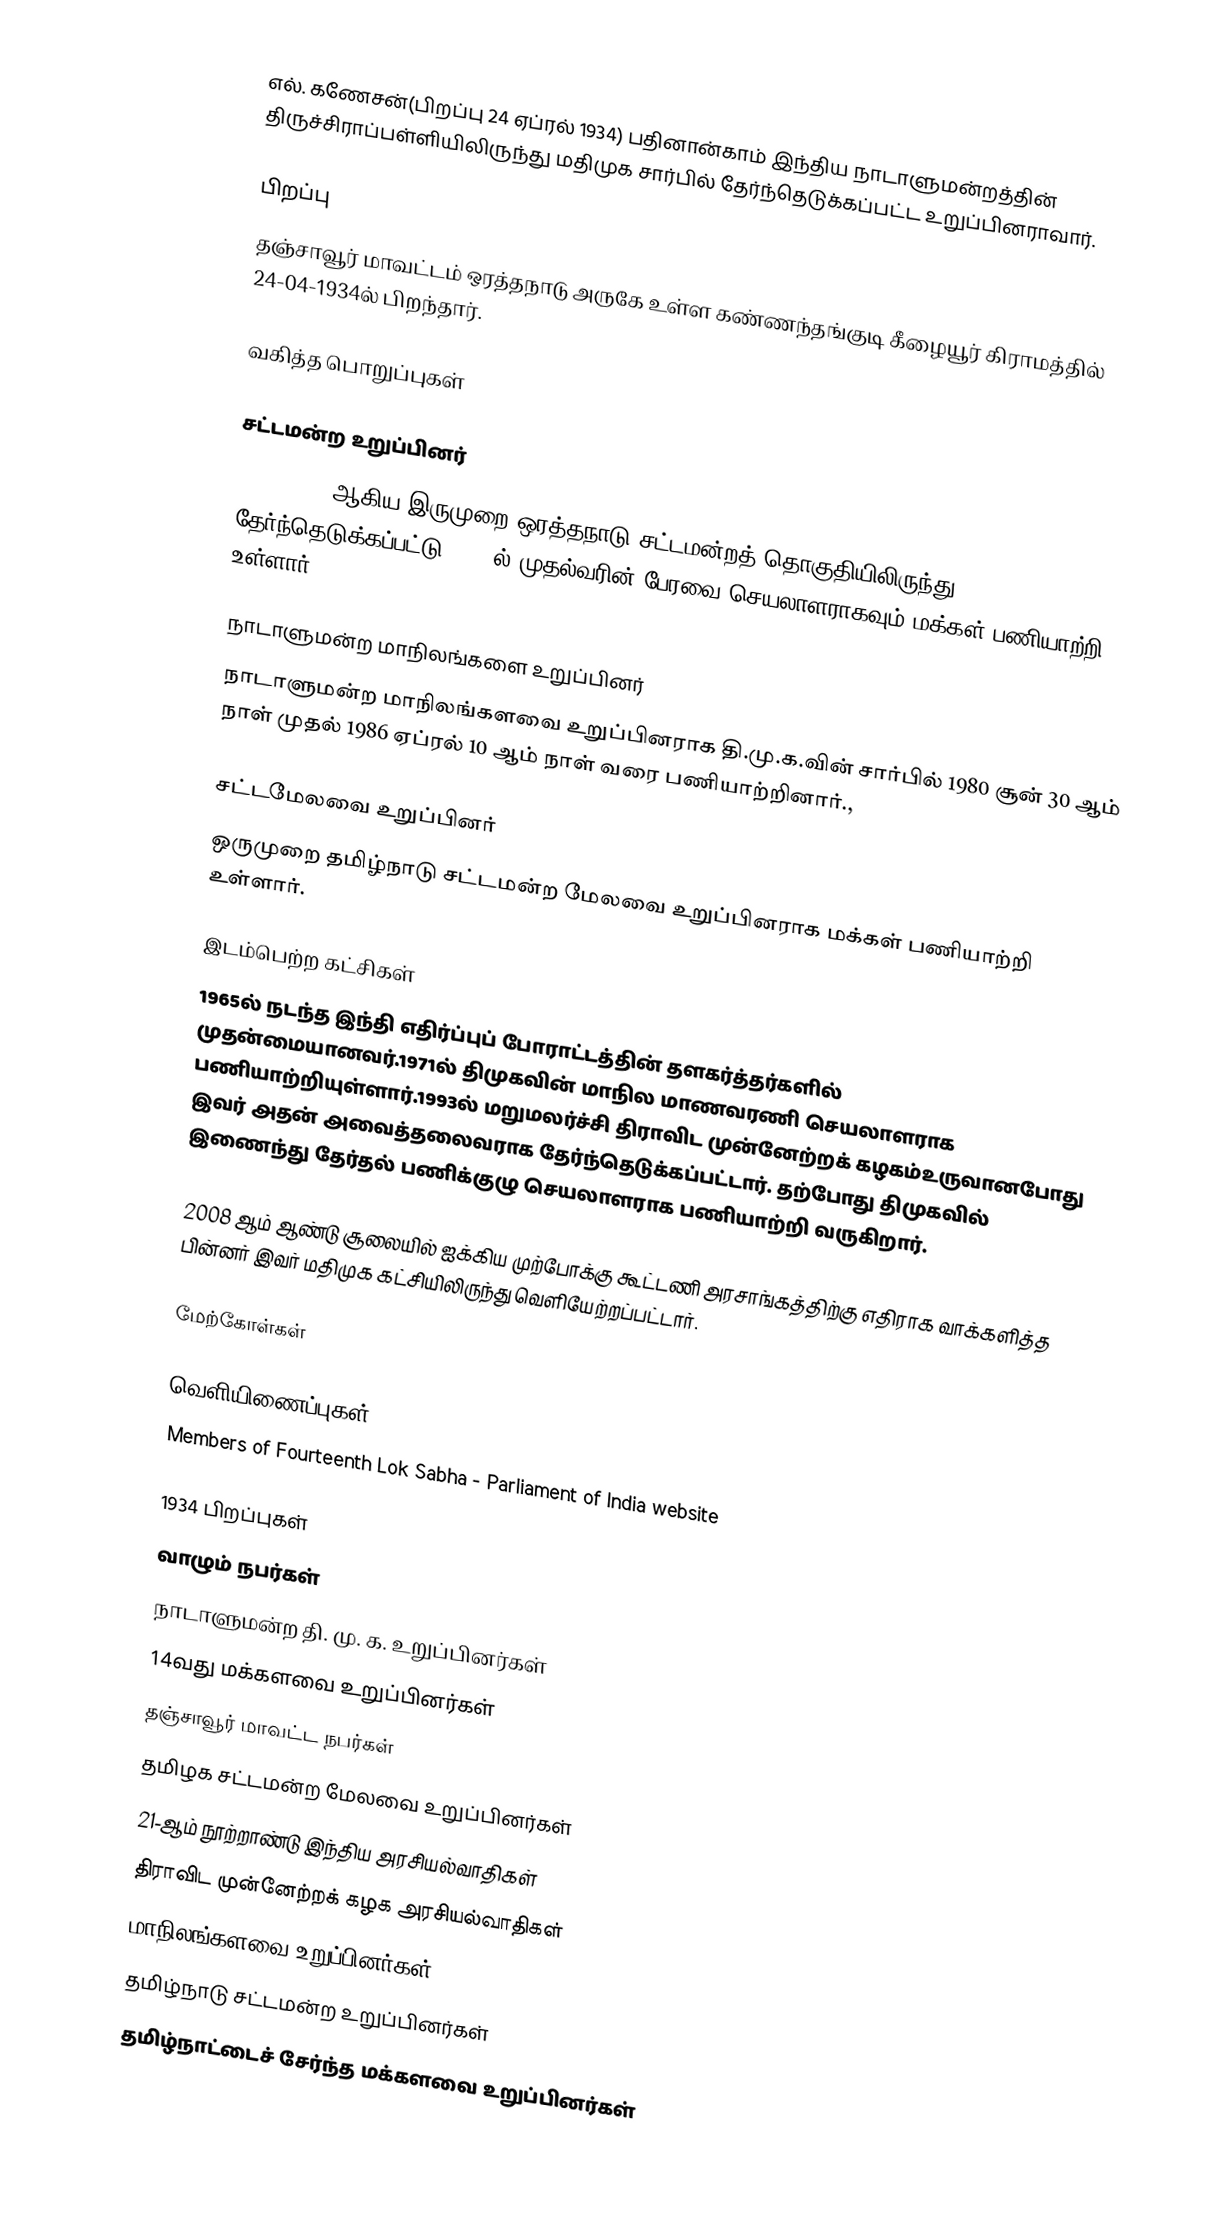
எல். கணேசன்(பிறப்பு 24 ஏப்ரல் 1934) பதினான்காம் இந்திய நாடாளுமன்றத்தின் திருச்சிராப்பள்ளியிலிருந்து மதிமுக சார்பில் தேர்ந்தெடுக்கப்பட்ட உறுப்பினராவார்.

பிறப்பு
தஞ்சாவூர் மாவட்டம்  ஒரத்தநாடு அருகே உள்ள கண்ணந்தங்குடி கீழையூர் கிராமத்தில் 24-04-1934ல்  பிறந்தார்.

வகித்த பொறுப்புகள்

சட்டமன்ற உறுப்பினர்
1971, 1989 ஆகிய இருமுறை ஒரத்தநாடு சட்டமன்றத் தொகுதியிலிருந்து தேர்ந்தெடுக்கப்பட்டு, 1989ல் முதல்வரின் பேரவை செயலாளராகவும்  மக்கள் பணியாற்றி உள்ளார்.

நாடாளுமன்ற மாநிலங்களை உறுப்பினர்
நாடாளுமன்ற மாநிலங்களவை உறுப்பினராக தி.மு.க.வின் சார்பில் 1980 சூன் 30 ஆம் நாள் முதல் 1986 ஏப்ரல் 10 ஆம் நாள் வரை பணியாற்றினார்.,

சட்டமேலவை உறுப்பினர்
ஒருமுறை தமிழ்நாடு சட்டமன்ற மேலவை உறுப்பினராக மக்கள் பணியாற்றி உள்ளார்.

இடம்பெற்ற கட்சிகள்
1965ல் நடந்த இந்தி எதிர்ப்புப் போராட்டத்தின் தளகர்த்தர்களில் முதன்மையானவர்.1971ல் திமுகவின் மாநில மாணவரணி செயலாளராக பணியாற்றியுள்ளார்.1993ல் மறுமலர்ச்சி திராவிட முன்னேற்றக் கழகம்உருவானபோது இவர் அதன் அவைத்தலைவராக தேர்ந்தெடுக்கப்பட்டார். தற்போது திமுகவில் இணைந்து தேர்தல் பணிக்குழு செயலாளராக பணியாற்றி வருகிறார்.

2008 ஆம் ஆண்டு சூலையில் ஐக்கிய முற்போக்கு கூட்டணி  அரசாங்கத்திற்கு எதிராக வாக்களித்த பின்னர் இவர்  மதிமுக கட்சியிலிருந்து வெளியேற்றப்பட்டார்.

மேற்கோள்கள்

வெளியிணைப்புகள்
 Members of Fourteenth Lok Sabha - Parliament of India website

1934 பிறப்புகள்
வாழும் நபர்கள்
நாடாளுமன்ற தி. மு. க. உறுப்பினர்கள்
14வது மக்களவை உறுப்பினர்கள்
தஞ்சாவூர் மாவட்ட நபர்கள்
தமிழக சட்டமன்ற மேலவை உறுப்பினர்கள்
21-ஆம் நூற்றாண்டு இந்திய அரசியல்வாதிகள்
திராவிட முன்னேற்றக் கழக அரசியல்வாதிகள்
மாநிலங்களவை உறுப்பினர்கள்
தமிழ்நாடு சட்டமன்ற உறுப்பினர்கள்
தமிழ்நாட்டைச் சேர்ந்த மக்களவை உறுப்பினர்கள்